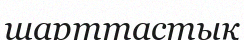
шарттастық